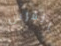
الفرس